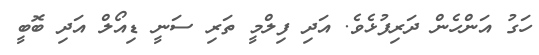
ހަގު އަންހެން ދަރިފުޅެވެ. އަދި ފިލްމީ ތަރި ސަނީ ޑިއޯލް އަދި ބޮބީ